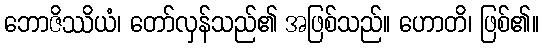
ဘောဇိဿိယံ၊ တော်လှန်သည်၏ အဖြစ်သည်။ ဟောတိ၊ ဖြစ်၏။